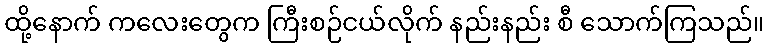
ထို့နောက် ကလေးတွေက ကြီးစဉ်ငယ်လိုက် နည်းနည်း စီ သောက်ကြသည်။